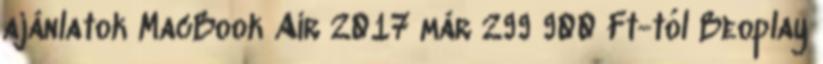
ajánlatok MacBook Air 2017 már 299 900 Ft-tól Beoplay